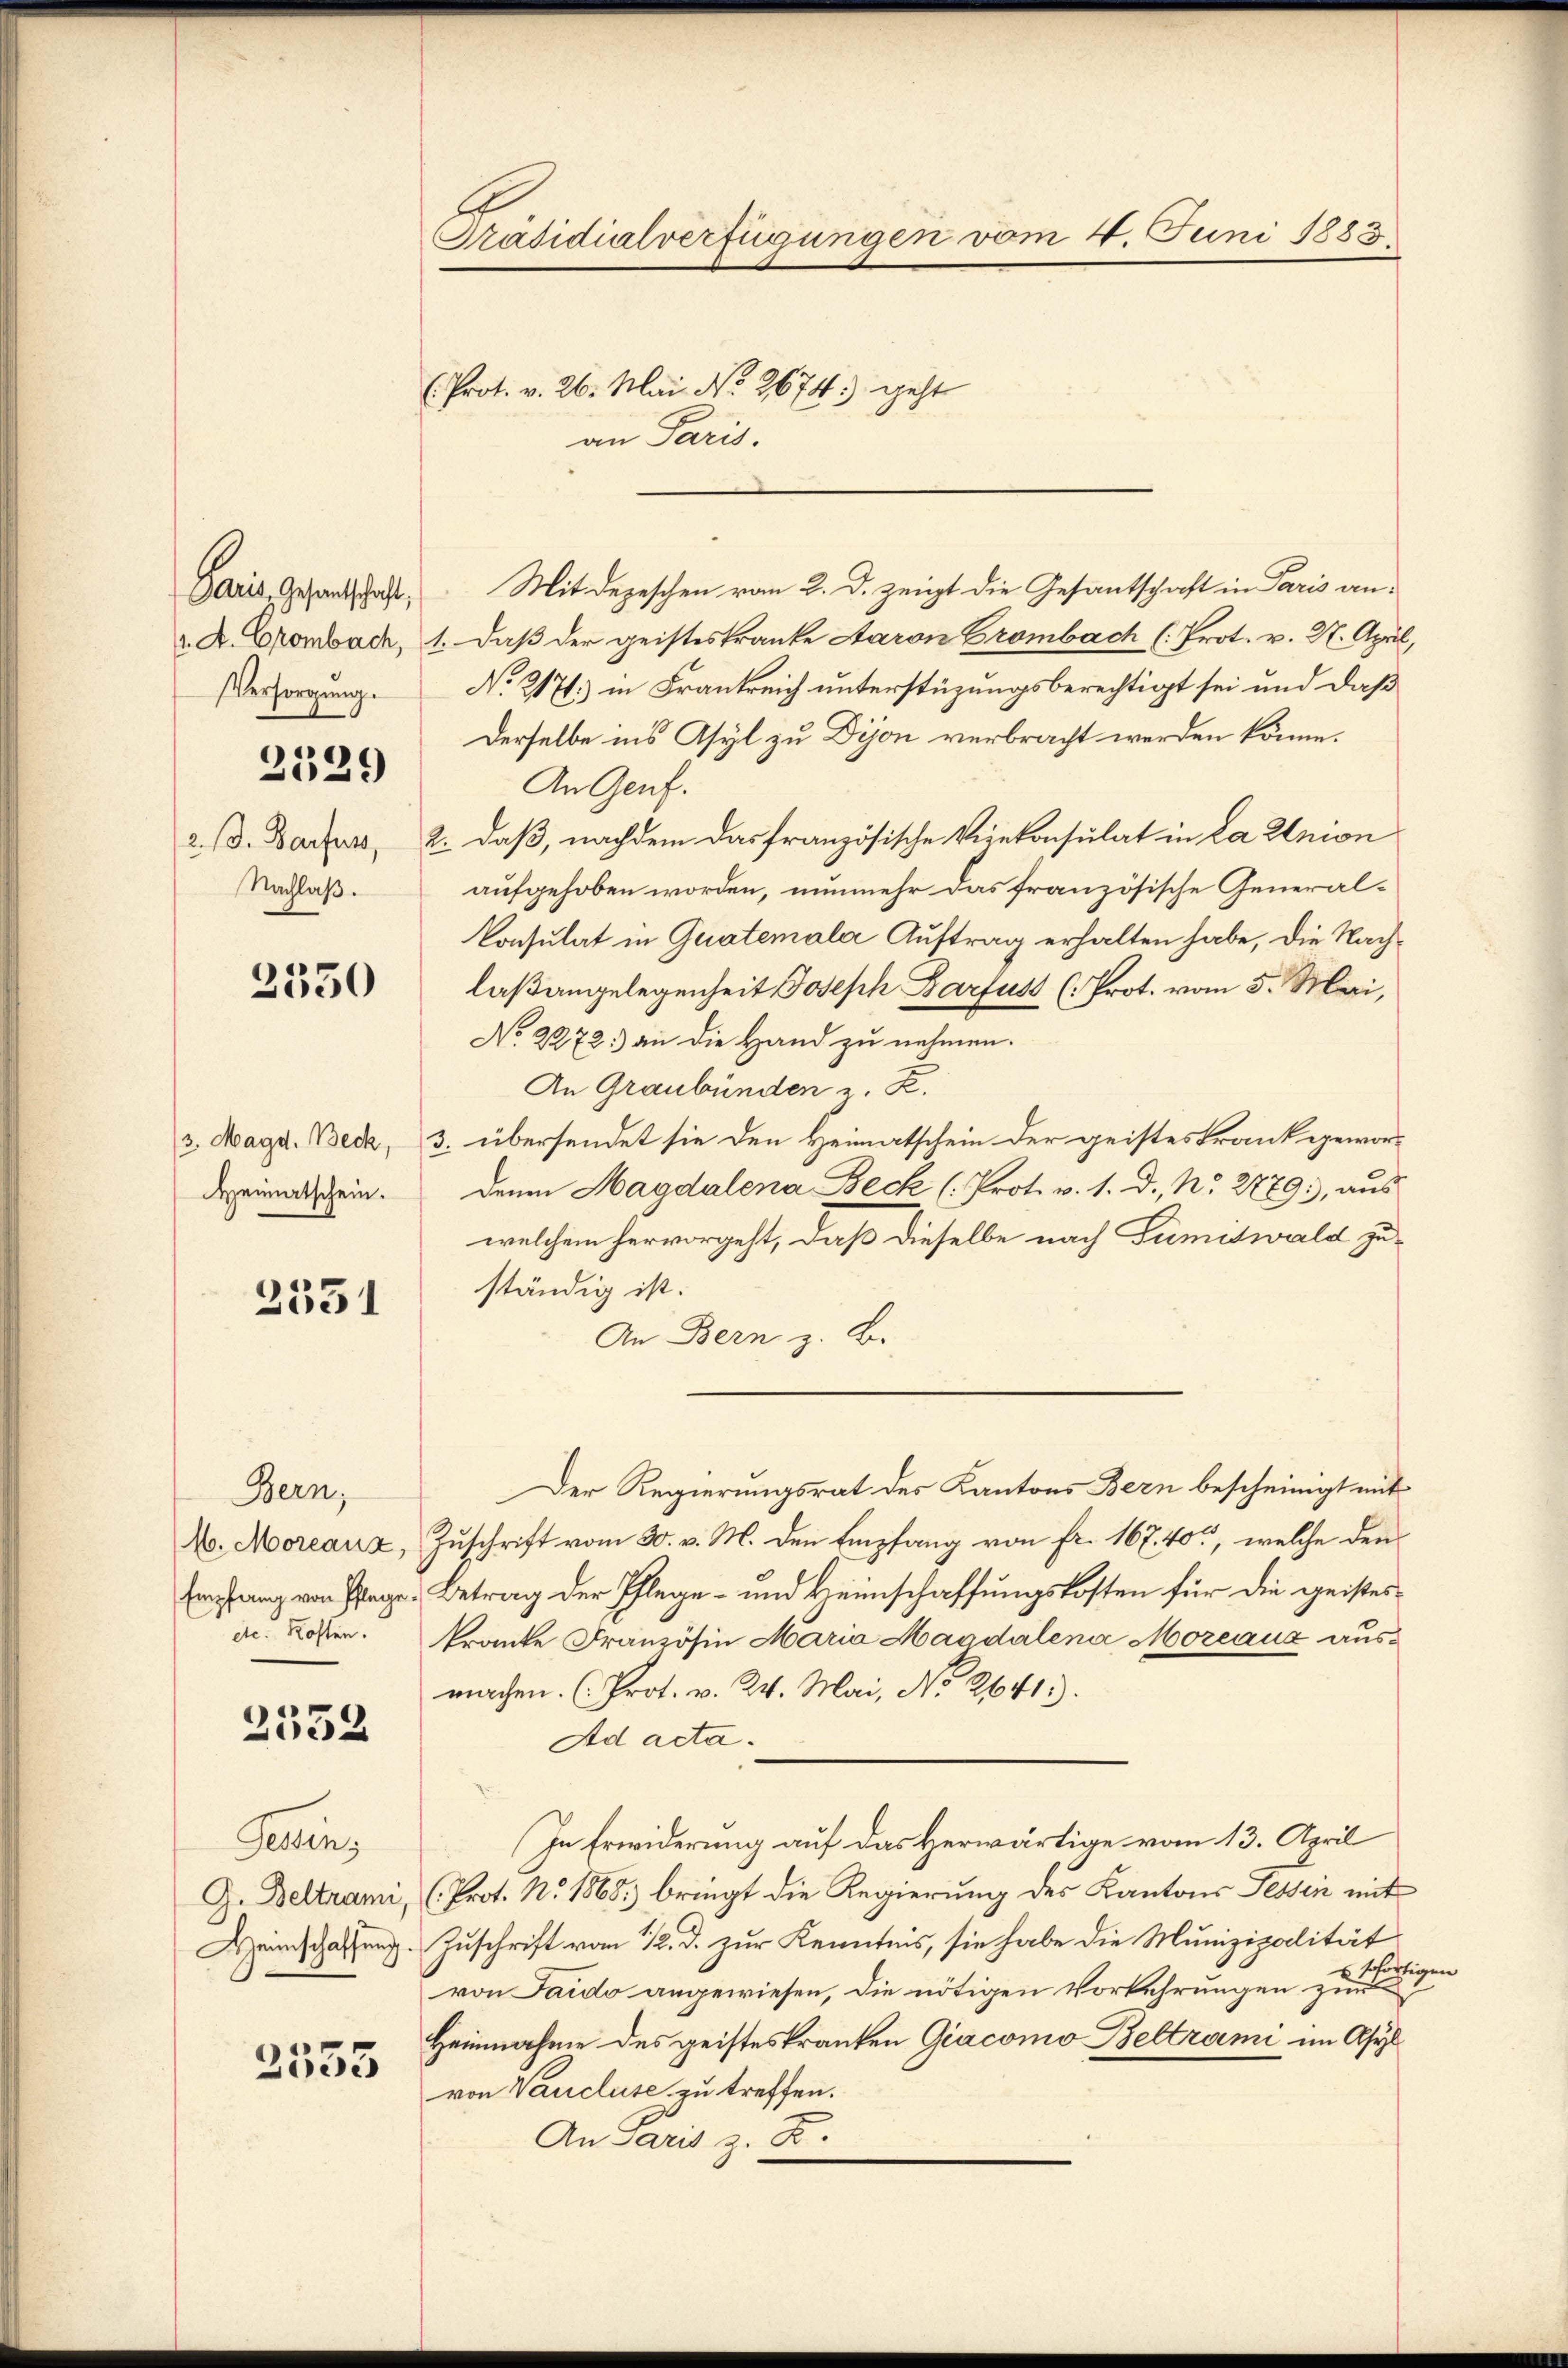
Paris Gesandtschaft,
VVersorgung.

Nachlaß.

2529

2350

3. Magd. Beck,
Heimatschein.

2351

Bern,
16. Moreanz,
Empfang von Pflege
ihe. Kosten.

2552

Gemein
G. Beltrami,
Heimschaffung.

2533

Präsidialverfügungen vom 4. Juni 1883.
(. Prot. v. 26. Mai. No. 2674) geht
an Paris.

Mit Depeschen vom 2. d. zeigt die Gesantschaft in Paris an-
. K. Grombach, 1. daß der geisteskranke Aaron Grombach (Prot. v. M. April,
No 2171) in Frankreich unterstüzungsberechtigt sei und daß
Derselbe ins Asyl zu Dijon verbracht werden könne.
An Genf.
2. d. Darus, 2. daß, nachdem das französische Vizekonsulat in La Union
aufgehoben worden, nunmehr das französische General¬
Consulat in Guatemala Auftrag erhalten habe, die Nachlaßangelegenheit Joseph Darfus (Prot. vom 5. Mai,
No 2272) an die Hand zu nehmen.
An Graubünden z. B.
3. übersendet sie den Heimatschein der geistes Frank gewordenen Magdalena Beck (Prot. v. 1. d. Nr. 2779:, aŭs
welchem hervorgeht, daß dieselbe nach Fumiswald zuständig ist.
An Bern z. B.
Der Regierungsrat des Kantons Bern bescheinigt mit
Zuschrift vom 30. v. M. den Empfang von fr. 167. 40, welche den
Betrag der Pflege- und Heimschaffungskosten für die geistes
tranke Französin Maria Magdalena Mozeaux ausmachen. ( Prot. v. 24. Mai, No 2641).
Ad acta.
In Erwiderung auf das Herwärtige vom 13. April
Prot. No. 1865) bringt die Regierung des Kantons Tessin mit
Zuschrift vom 12. d. zur Kenntnis, sie habe die Munizipalität
sofortigen
1
von Jaido angewiesen, die nötigen Vorkehrungen zur
Heinnahme des geisteskranken Giacomo Beltrami im Asyl
von Vaucluse zu treffen.
An Paris z. B.